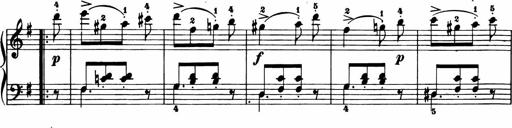
Title: 11 Sonatinas for Piano Solo
Composer: Anton Diabelli